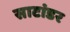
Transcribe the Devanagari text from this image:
साटांडर